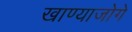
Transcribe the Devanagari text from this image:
खाण्याजोगे